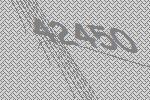
42450